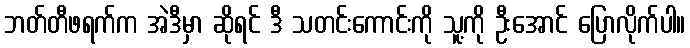
ဘတ်တီဖရက်က အဲဒီမှာ ဆိုရင် ဒီ သတင်းကောင်းကို သူ့ကို ဦးအောင် ပြောလိုက်ပါ။